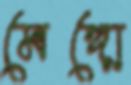
মেঙ্গো